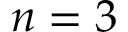
n = 3